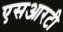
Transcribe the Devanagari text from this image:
एसआरटी